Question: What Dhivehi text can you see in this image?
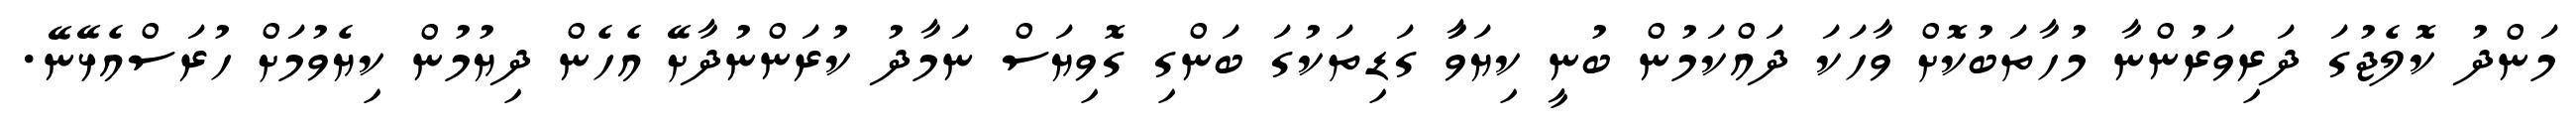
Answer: މަންދު ކޮލެޖުގަ ދަރިވަރުންނާ މުހާތަބުކޮށް ވާހަކަ ދައްކަމުން ބުނީ ކިޔަވަާ ގަޑިތަކުގަ ބަންގި ގޮވިޔަސް ނަމާދު ކުރަންނުދާށޭ އެހެން ދިޔުމުން ކިޔެވުމަށް ހުރަސްއެޅޭނޭ.